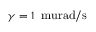
\gamma = 1 \, \mathrm { \ m u r a d / s }